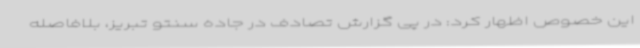
این خصوص اظهار کرد: در پی گزارش تصادف در جاده سنتو تبریز، بلافاصله